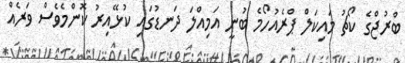
ބްރުޖްގެ ކޯޗު މައިކަލް ޕްރެއުހޯމެ ބުނީ އަމިއްލަ ދަނޑުގައި ކުޅޭއިރު ކޮންމެވެސް ވަރެއް